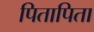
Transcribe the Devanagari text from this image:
पितापिता